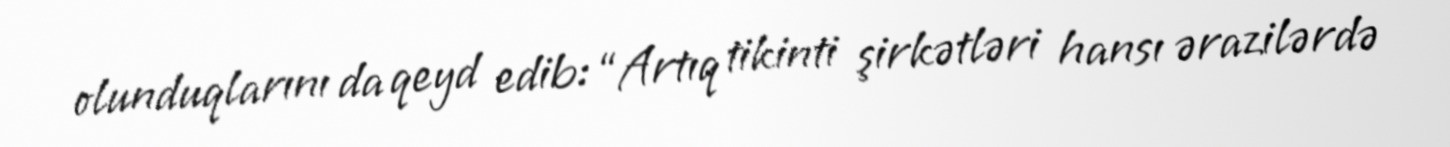
olunduqlarını da qeyd edib: “Artıq tikinti şirkətləri hansı ərazilərdə